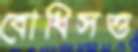
বোধিসত্ত